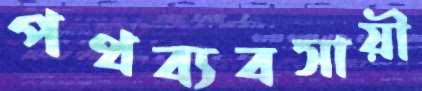
পথব্যবসায়ী